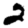
Digit: 2